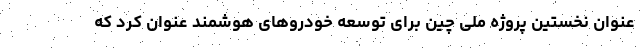
عنوان نخستین پروژه ملی چین برای توسعه خودروهای هوشمند عنوان کرد که